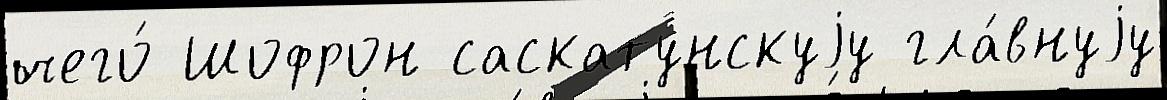
чего́ Шофрон саскатунскуjу гла́внуjу